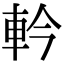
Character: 軡